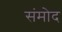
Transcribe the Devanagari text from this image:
संमोद